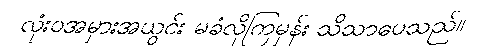
လုံးဝအမှားအယွင်း မခံလိုကြမှန်း သိသာပေသည်။